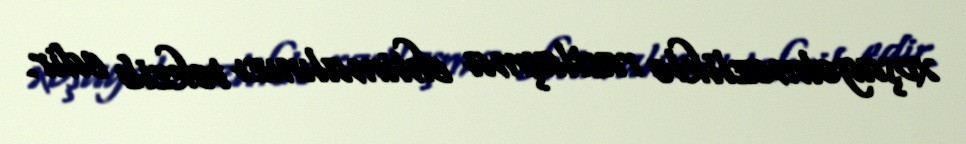
xoşagəlməzliklə rastlaşma ehtimalınızı təkzib edir.